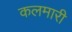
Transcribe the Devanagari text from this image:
कलमारी